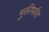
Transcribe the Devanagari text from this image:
मुक्तीपर्यंत